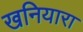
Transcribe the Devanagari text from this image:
खनियारा